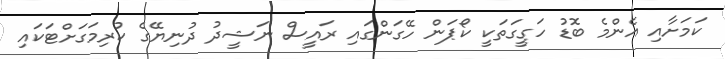
ކަމަށާއި އެންމެ ބޮޑު ހަގީގަތަކީ ކޯޕަން ހޭގަންގައި ރައީސް ނަޝީދު ދުނިޔޭގެ ކުރިމަގަށްޓަކައި